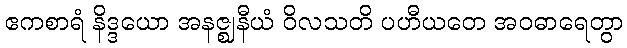
ဧကစာရံ နိဒ္ဒယော အနဇ္ဈနီယံ ဝိလသတိ ပဟီယတေ အဝဓာရေတွာ